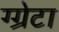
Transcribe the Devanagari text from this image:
ग्ग्रेटा